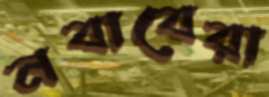
নবাবেরা